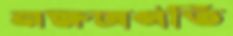
নক্ষত্রপতি